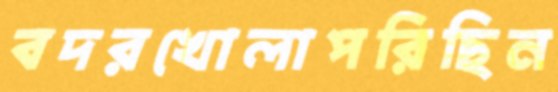
বদরখোলাপরিছিন